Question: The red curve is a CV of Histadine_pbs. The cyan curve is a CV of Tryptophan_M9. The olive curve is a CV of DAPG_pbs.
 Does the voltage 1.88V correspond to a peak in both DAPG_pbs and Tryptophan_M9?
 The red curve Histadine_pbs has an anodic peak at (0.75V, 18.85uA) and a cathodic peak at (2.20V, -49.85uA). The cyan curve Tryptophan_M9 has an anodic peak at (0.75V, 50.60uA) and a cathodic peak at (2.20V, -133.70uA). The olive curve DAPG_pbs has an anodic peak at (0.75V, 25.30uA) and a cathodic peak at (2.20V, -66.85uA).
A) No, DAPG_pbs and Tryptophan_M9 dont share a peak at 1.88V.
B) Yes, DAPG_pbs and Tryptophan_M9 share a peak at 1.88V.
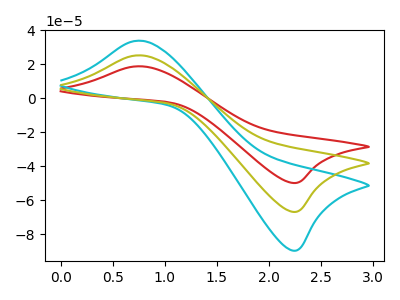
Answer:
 <answer>A) No, "DAPG_pbs" and "Tryptophan_M9" dont share a peak at 1.88V.</answer>
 <eval>A</eval>